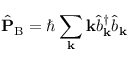
\hat { \mathbf { P } } _ { \mathrm { B } } = \hbar \sum _ { \mathbf { k } } \mathbf { k } \hat { b } _ { \mathbf { k } } ^ { \dagger } \hat { b } _ { \mathbf { k } }